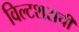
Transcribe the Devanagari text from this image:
विल्टशराची